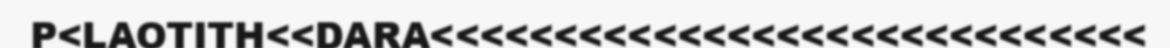
P<LAOTITH<<DARA<<<<<<<<<<<<<<<<<<<<<<<<<<<<<